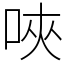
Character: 唊